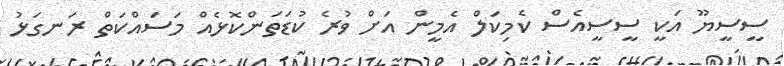
ސީސީޔޫ އަކީ ސީސީއެސް ކެމިކަލް އެމީން އަށް ވުރެ ކުޑަތަންކޮޅެއް މަސައްކަތް ރަނގަޅު